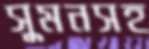
সুমনসহ